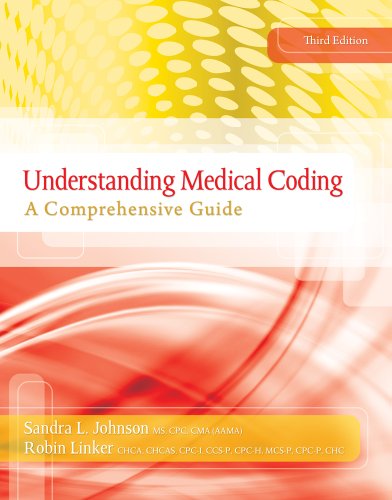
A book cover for Understanding Medical Coding: A Comprehensive Guide (with Premium Website, 2 terms (12 months) Printed Access Card) (Flexible Solutions - Your Key to Success); Sandra L. Johnson; Medical Books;